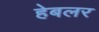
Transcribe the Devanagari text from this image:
हेबलर